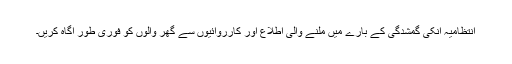
انتظامیہ انکی گمشدگی کے بارے میں ملنے والی اطلاع اور کارروائیوں سے گھر والوں کو فوری طور آگاہ کریں۔